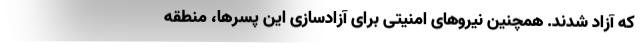
که آزاد شدند. همچنین نیروهای امنیتی برای آزادسازی این پسرها، منطقه